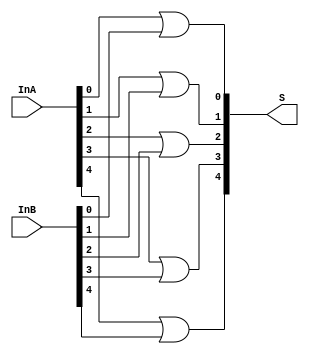
module _5bit_or(S,InA,InB);
input [4:0] InA,InB;
output [4:0] S;

or firstBit(S[0],InA[0],InB[0]);
or secondBit(S[1],InA[1],InB[1]);
or thirdBit(S[2],InA[2],InB[2]);
or fourthBit(S[3],InA[3],InB[3]);
or fifthBit(S[4],InA[4],InB[4]);



endmodule